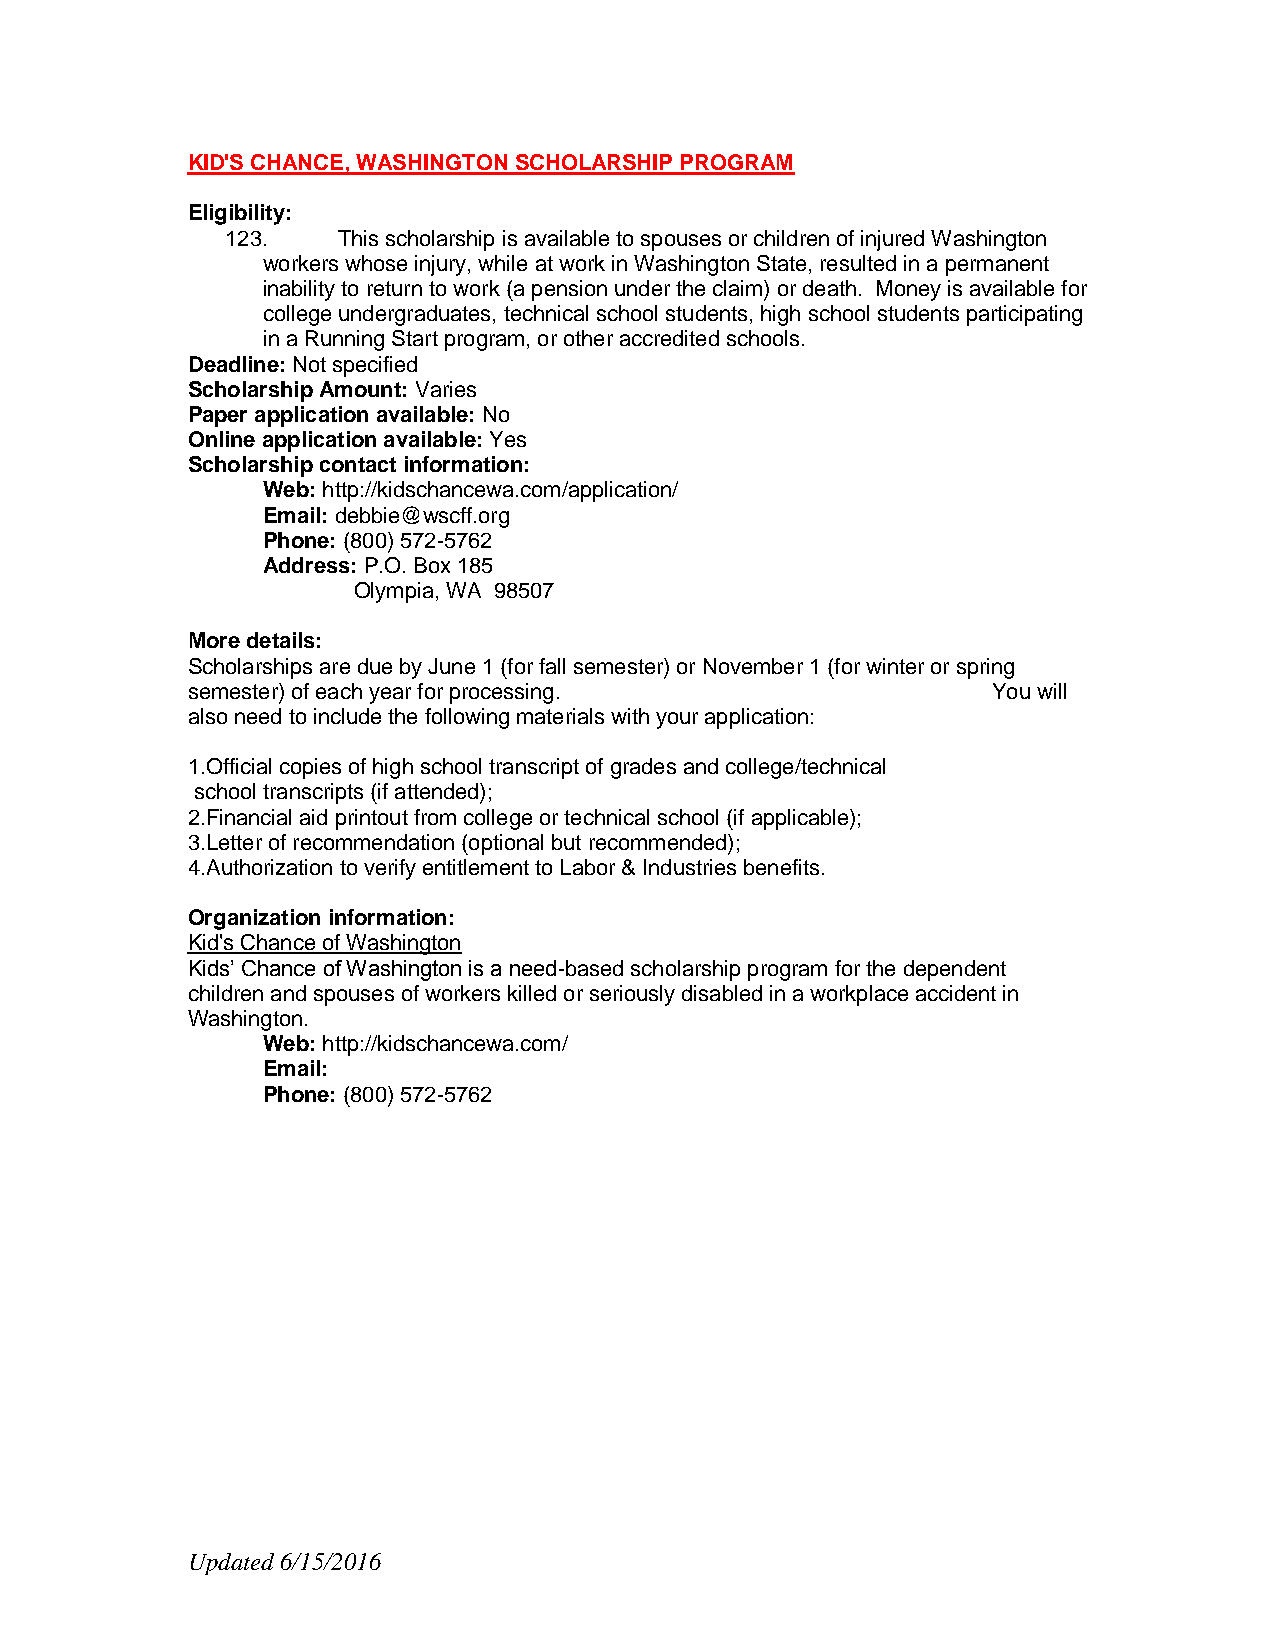
KID'S CHANCE, WASHINGTON SCHOLARSHIP PROGRAM
 Eligibility:
 123.   This scholarship is available to spouses or children of injured Washington
 workers whose injury, while at work in Washington State, resulted in a permanent
 inability to return to work (a pension under the claim) or death. Money is available for
 college undergraduates, technical school students, high school students participating
 in a Running Start program, or other accredited schools.
 Deadline: Not specified
 Scholarship Amount: Varies
 Paper application available: No
 Online application available: Yes
 Scholarship contact information:
 Web: http://kidschancewa.com/application/
 Email: debbie@wscff.org
 Phone: (800) 572-5762
 Address: P.O. Box 185
 Olympia, WA 98507
 More details:
 Scholarships are due by June 1 (for fall semester) or November 1 (for winter or spring
 semester) of each year for processing.                You will
 also need to include the following materials with your application:
 1.Official copies of high school transcript of grades and college/technical
 school transcripts (if attended);
 2.Financial aid printout from college or technical school (if applicable);
 3.Letter of recommendation (optional but recommended);
 4.Authorization to verify entitlement to Labor & Industries benefits.
 Organization information:
 Kid's Chance of Washington
 Kids’ Chance of Washington is a need-based scholarship program for the dependent
 children and spouses of workers killed or seriously disabled in a workplace accident in
 Washington.
 Web: http://kidschancewa.com/
 Email:
 Phone: (800) 572-5762
 Updated 6/15/2016